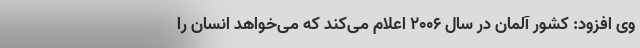
وی افزود: کشور آلمان در سال 2006 اعلام می‌کند که می‌خواهد انسان را